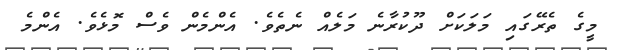
މީގެ ތެރޭގައި މަލަކަށް ދޫކުރާނެ މަލެއް ނެތެވެ. އެންމެން ވެސް މޮޅެވެ. އެންމެ